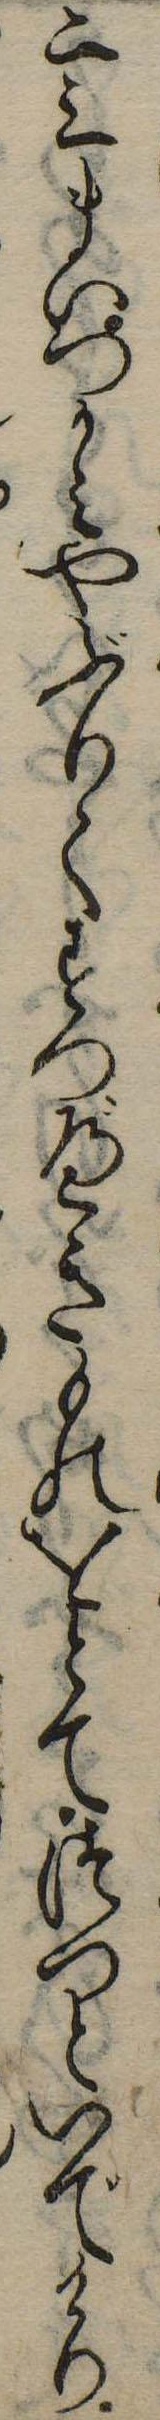
二三まいつかみやぶりてすつべきものをとてつつといでけり